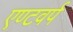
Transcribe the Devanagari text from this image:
एण्टवर्प